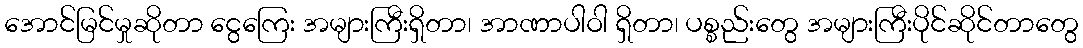
အောင်မြင်မှုဆိုတာ ငွေကြေး အများကြီးရှိတာ၊ အာဏာပါဝါ ရှိတာ၊ ပစ္စည်းတွေ အများကြီးပိုင်ဆိုင်တာတွေ